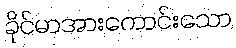
ခိုင်မာအားကောင်းသော